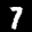
Label: 7